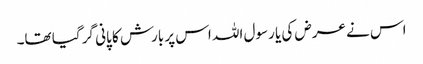
اس نے عرض کی یا رسول اللہ اس پر بارش کا پانی گر گیا تھا۔